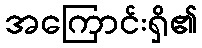
အကြောင်းရှိ၏